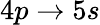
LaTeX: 4p\rightarrow 5s